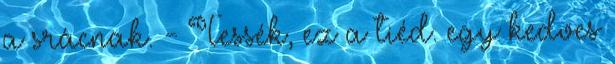
a srácnak. - Tessék, ez a tiéd. egy kedves